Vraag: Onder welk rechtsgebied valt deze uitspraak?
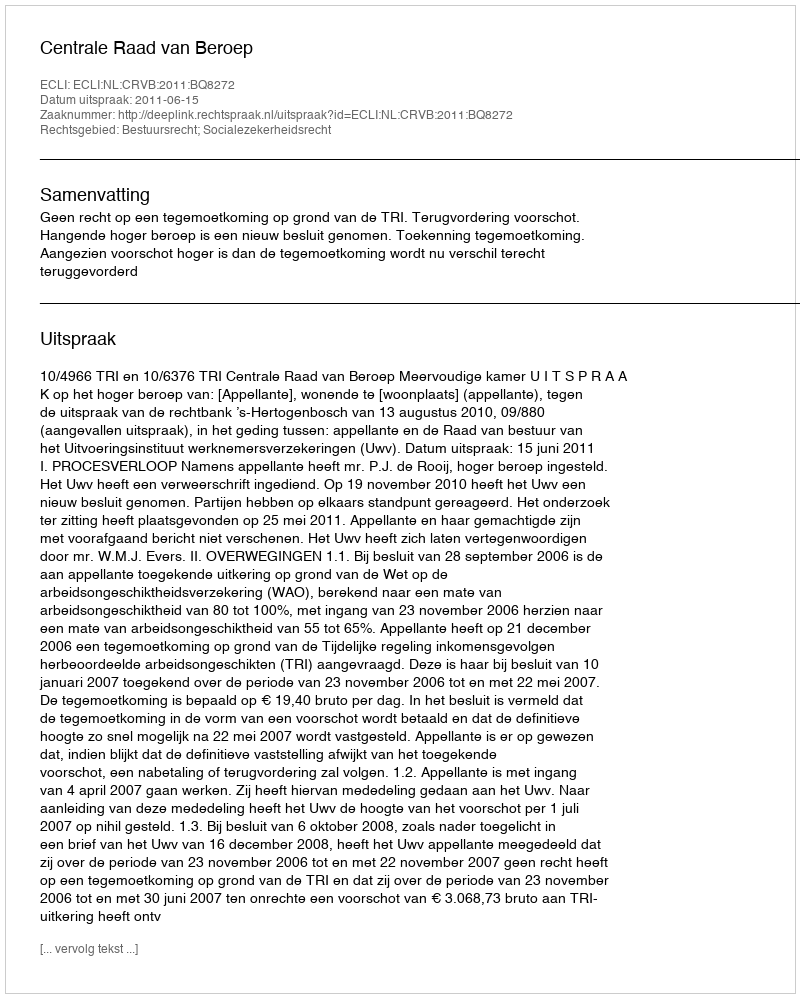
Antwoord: Bestuursrecht; Socialezekerheidsrecht